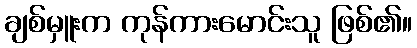
ချစ်မှူးက ကုန်ကားမောင်းသူ ဖြစ်၏။